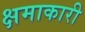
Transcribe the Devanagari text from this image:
क्षमाकारी